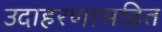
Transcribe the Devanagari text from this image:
उदाहरणासहित